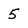
Character: 5